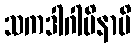
သကဒါဂါမိနာပိ